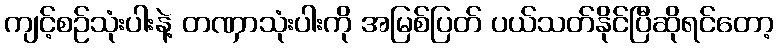
ကျင့်စဉ်သုံးပါးနဲ့ တဏှာသုံးပါးကို အမြစ်ပြတ် ပယ်သတ်နိုင်ပြီဆိုရင်တော့